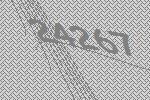
24267